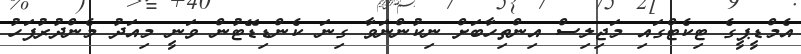
އެމްޑީޕީގެ ޓިކެޓްގައި މަޖިލިސް އިންތިހާބަށް ނިކުންނަވާ ގިނަ ކެންޑިޑޭޓުން ވަނީ މިއަދު މެންދުރުފަހު